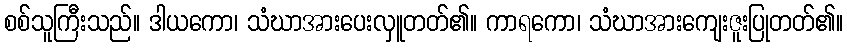
စစ်သူကြီးသည်။ ဒါယကော၊ သံဃာအားပေးလှူတတ်၏။ ကာရကော၊ သံဃာအားကျေးဇူးပြုတတ်၏။